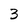
Character: 3